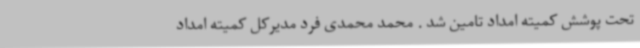
تحت پوشش کمیته امداد تامین شد . محمد محمدی فرد مدیرکل کمیته امداد